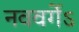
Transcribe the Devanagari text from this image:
नववर्गेऽ